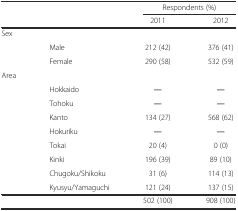
<table><thead><tr><td></td><td></td><td colspan="2"><b>Respondents (%)</b></td></tr><tr><td></td><td></td><td><b>2011</b></td><td><b>2012</b></td></tr></thead><tbody><tr><td>Sex</td><td></td><td></td><td></td></tr><tr><td></td><td>Male</td><td>212 (42)</td><td>376 (41)</td></tr><tr><td></td><td>Female</td><td>290 (58)</td><td>532 (59)</td></tr><tr><td>Area</td><td></td><td></td><td></td></tr><tr><td></td><td>Hokkaido</td><td>―</td><td>―</td></tr><tr><td></td><td>Tohoku</td><td>―</td><td>―</td></tr><tr><td></td><td>Kanto</td><td>134 (27)</td><td>568 (62)</td></tr><tr><td></td><td>Hokuriku</td><td>―</td><td>―</td></tr><tr><td></td><td>Tokai</td><td>20 (4)</td><td>0 (0)</td></tr><tr><td></td><td>Kinki</td><td>196 (39)</td><td>89 (10)</td></tr><tr><td></td><td>Chugoku/Shikoku</td><td>31 (6)</td><td>114 (13)</td></tr><tr><td></td><td>Kyusyu/Yamaguchi</td><td>121 (24)</td><td>137 (15)</td></tr><tr><td></td><td></td><td>502 (100)</td><td>908 (100)</td></tr></tbody></table>